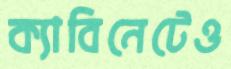
ক্যাবিনেটেও